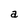
Character: a